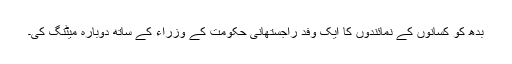
بدھ کو کسانوں کے نمائندوں کا ایک وفد راجستھانی حکومت کے وزراء کے ساتھ دوبارہ میٹنگ کی۔